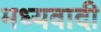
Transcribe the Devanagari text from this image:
मध्यवादी